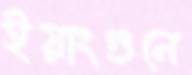
ইয়াংগুনে